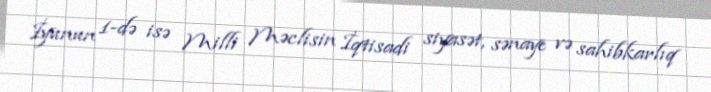
İyunun 1-də isə Milli Məclisin İqtisadi siyasət, sənaye və sahibkarlıq